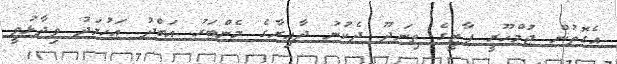
އެގޮތުން ޖުމްހޫރީ ޕާޓީގެ ތިނަދޫ ދެކުނު ދާއިރާގެ މެންބަރު އަބްދު އަހުމަދު ވިދާޅުވީ